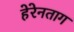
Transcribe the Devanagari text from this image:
हेरेनताग